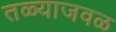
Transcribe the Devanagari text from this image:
तळ्याजवळ